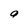
Character: a